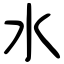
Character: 水